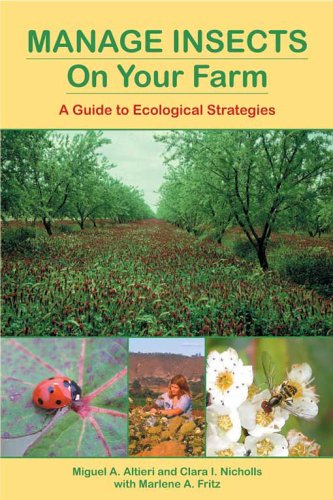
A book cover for Manage Insects on Your Farm: A Guide to Ecological Strategies; Miguel A. Altieri; Science & Math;